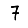
Digit: 7